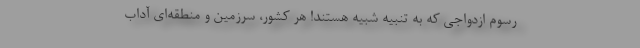
رسوم ازدواجی که به تنبیه شبیه هستند! هر کشور، سرزمین و منطقه‌ای آداب